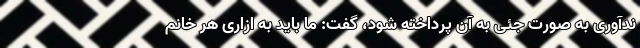
ند‌آوری به صورت جئی به آن پرداخته شود، گفت: ما باید به ازاری هر خانم